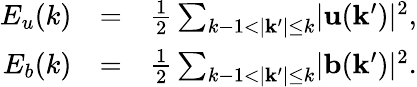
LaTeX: \begin{array}{rlr}{E_{u}(k)}&{=}&{\frac{1}{2}\sum_{k-1<\lvert\mathbf{k^{\prime}}\rvert\leq k}\lvert\mathbf{u}(\mathbf{k^{\prime}})\rvert^{2},}\\ {E_{b}(k)}&{=}&{\frac{1}{2}\sum_{k-1<\lvert\mathbf{k^{\prime}}\rvert\leq k}\lvert\mathbf{b}(\mathbf{k^{\prime}})\rvert^{2}.}\end{array}